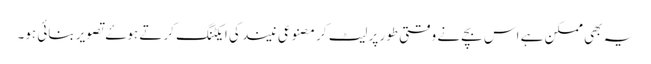
یہ بھی ممکن ہے اس بچے نے وقتی طور پر لیٹ کر مصنوعی نیند کی ایکٹنگ کرتے ہوۓ تصویر بنائی ہو۔